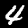
Label: 4